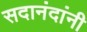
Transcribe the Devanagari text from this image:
सदानंदांनी